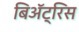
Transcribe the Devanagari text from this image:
बिॲट्रिस